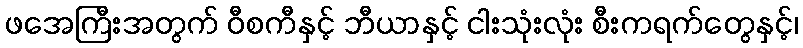
ဖအေကြီးအတွက် ဝီစကီနှင့် ဘီယာနှင့် ငါးသုံးလုံး စီးကရက်တွေနှင့်၊